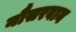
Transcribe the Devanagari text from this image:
नौसरवान